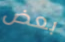
بعض